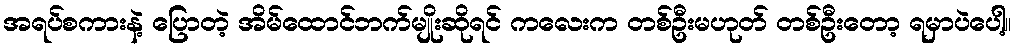
အရပ်စကားနဲ့ ပြောတဲ့ အိမ်ထောင်ဘက်မျိုးဆိုရင် ကလေးက တစ်ဦးမဟုတ် တစ်ဦးတော့ ရမှာပဲပေါ့။